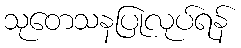
သုတေသနပြုလုပ်ရန်